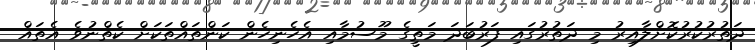
ދަތުރުކުރުކޮށްލާއިރު މި ދަތުރުގައި ފަރުބަދަ މަތީގެ މޫސުމާއި އެހެނިހެން ކަންތައްތަކަށް ކެތްނުވެ އެތައް